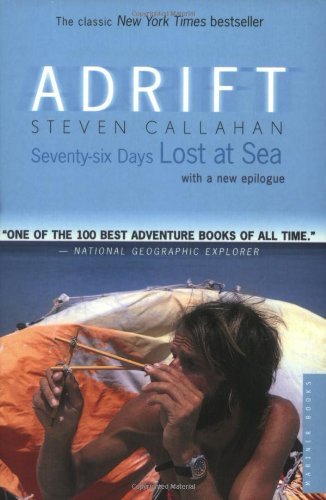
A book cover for Adrift: Seventy-six Days Lost at Sea; Steven Callahan; Travel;